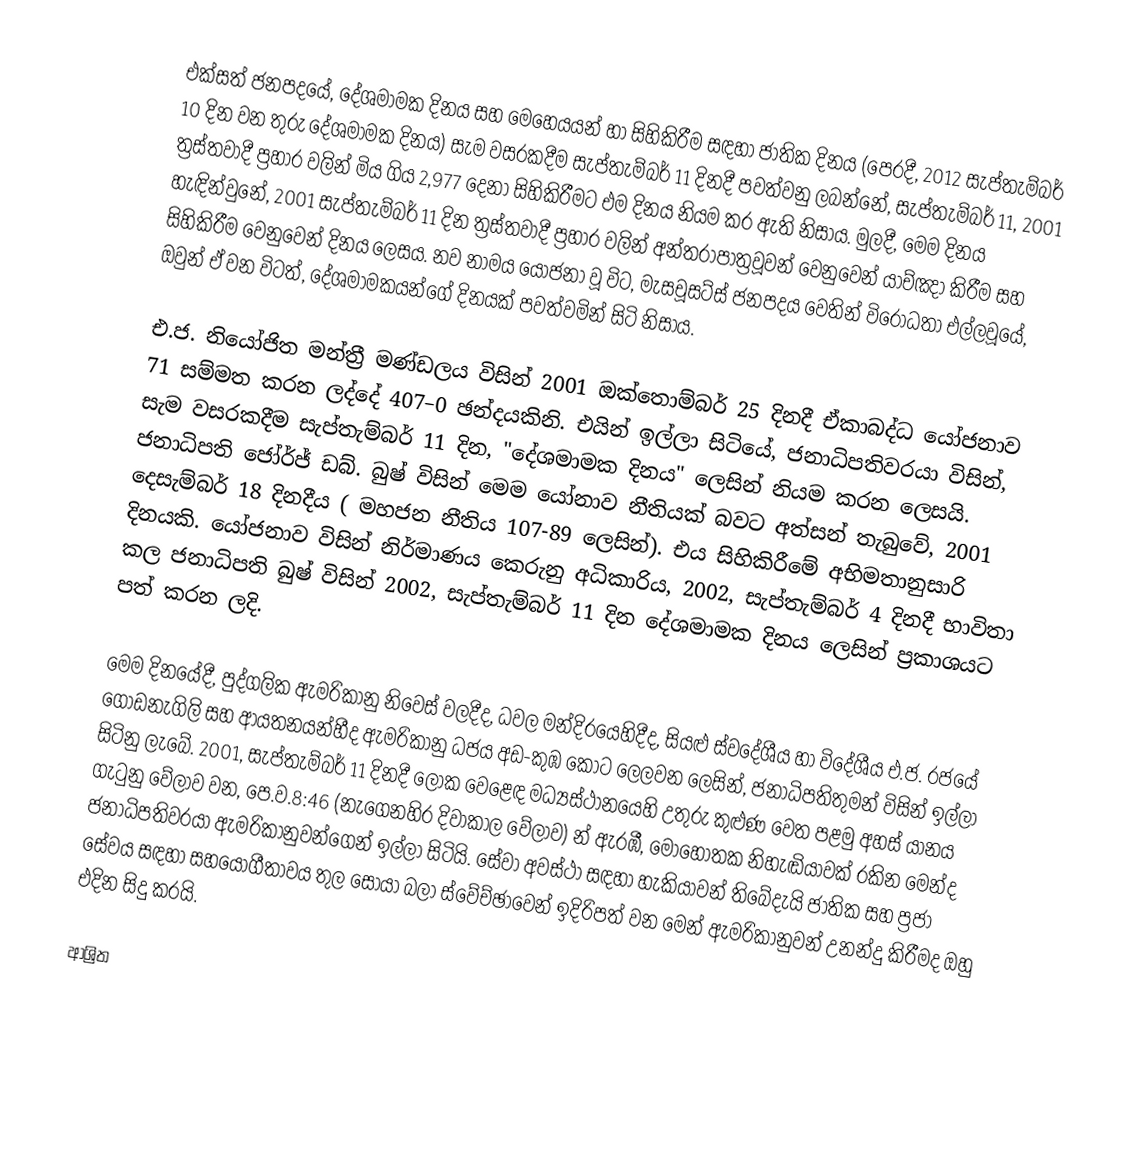
එක්සත් ජනපදයේ, දේශමාමක දිනය සහ මෙහෙයයන් හා සිහිකිරීම සඳහා ජාතික දිනය (පෙරදී, 2012 සැප්තැම්බර් 10 දින වන තුරු දේශමාමක දිනය) සැම වසරකදීම සැප්තැම්බර් 11 දිනදී පවත්වනු ලබන්නේ,  සැප්තැම්බර් 11, 2001 ත්‍රස්තවාදී ප්‍රහාර වලින් මිය ගිය 2,977 දෙනා සිහිකිරීමට එම දිනය නියම කර ඇති නිසාය. මුලදී, මෙම දිනය හැඳින්වුනේ, 2001 සැප්තැම්බර් 11 දින ත්‍රස්තවාදී ප්‍රහාර වලින් අන්තරාපාත්‍රවූවන් වෙනුවෙන් යාච්ඤා කිරීම සහ සිහිකිරීම වෙනුවෙන් දිනය ලෙසය.  නව නාමය යෝජනා වූ විට,  මැසචූසට්ස් ජනපදය වෙතින් විරෝධතා එල්ලවූයේ, ඔවුන් ඒ වන විටත්,   දේශමාමකයන්ගේ දිනයක් පවත්වමින් සිටි නිසාය.

එ.ජ. නියෝජිත මන්ත්‍රී මණ්ඩලය විසින් 2001 ඔක්තොම්බර් 25 දිනදී ඒකාබද්ධ යෝජනාව 71 සම්මත කරන ලද්දේ 407–0 ඡන්දයකිනි. එයින් ඉල්ලා සිටියේ,  ජනාධිපතිවරයා විසින්,  සැම වසරකදීම සැප්තැම්බර් 11 දින,  "දේශමාමක දිනය" ලෙසින් නියම කරන ලෙසයි. ජනාධිපති ජෝර්ජ් ඩබ්. බුෂ් විසින් මෙම යෝනාව නීතියක් බවට අත්සන් තැබුවේ, 2001 දෙසැම්බර් 18 දිනදීය ( මහජන නීතිය 107-89 ලෙසින්). එය සිහිකිරීමේ අභිමතානුසාරි දිනයකි. යෝජනාව විසින් නිර්මාණය කෙරුනු අධිකාරිය,  2002, සැප්තැම්බර් 4 දිනදී භාවිතා කල ජනාධිපති බුෂ් විසින් 2002, සැප්තැම්බර් 11 දින දේශමාමක දිනය ලෙසින් ප්‍රකාශයට පත් කරන ලදි.

මෙම දිනයේදී, පුද්ගලික ඇමරිකානු නිවෙස් වලදීද, ධවල මන්දිරයෙහිදීද, සියළු ස්වදේශීය හා විදේශීය එ.ජ. රජයේ ගොඩනැගිලි සහ ආයතනයන්හීද ඇමරිකානු ධජය අඩ-කුඹ කොට ලෙලවන ලෙසින්, ජනාධිපතිතුමන් විසින් ඉල්ලා සිටිනු ලැබේ. 2001, සැප්තැම්බර් 11 දිනදී ලෝක වෙළෙඳ මධ්‍යස්ථානයෙහි උතුරු කුළුණ වෙත පළමු අහස් යානය ගැටුනු වේලාව වන, පෙ.ව.8:46 (නැගෙනහිර දිවාකාල වේලාව)  න්  ඇරඹී, මොහොතක නිහැඬියාවක් රකින මෙන්ද ජනාධිපතිවරයා ඇමරිකානුවන්ගෙන් ඉල්ලා සිටියි. සේවා අවස්ථා සඳහා හැකියාවන් තිබේදැයි ජාතික සහ ප්‍රජා සේවය සඳහා සහයෝගීතාවය තුල සොයා බලා ස්වේච්ඡාවෙන් ඉදිරිපත් වන මෙන් ඇමරිකානුවන් උනන්දු කිරීමද ඔහු එදින සිදු කරයි.

ආශ්‍රිත